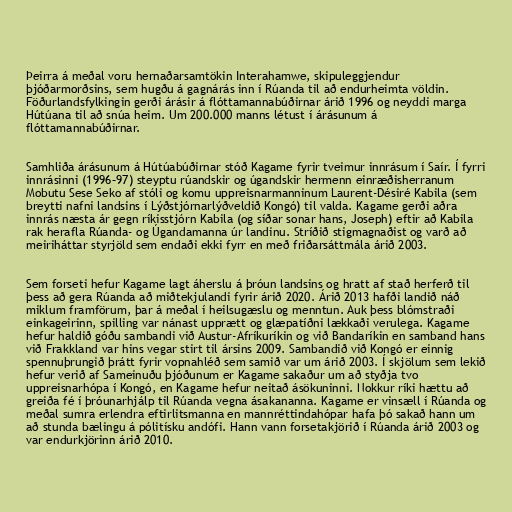
Þeirra á meðal voru hernaðarsamtökin Interahamwe, skipuleggjendur
þjóðarmorðsins, sem hugðu á gagnárás inn í Rúanda til að endurheimta völdin.
Föðurlandsfylkingin gerði árásir á flóttamannabúðirnar árið 1996 og neyddi marga
Hútúana til að snúa heim. Um 200.000 manns létust í árásunum á
flóttamannabúðirnar.

Samhliða árásunum á Hútúabúðirnar stóð Kagame fyrir tveimur innrásum í Saír. Í fyrri
innrásinni (1996–97) steyptu rúandskir og úgandskir hermenn einræðisherranum
Mobutu Sese Seko af stóli og komu uppreisnarmanninum Laurent-Désiré Kabila (sem
breytti nafni landsins í Lýðstjórnarlýðveldið Kongó) til valda. Kagame gerði aðra
innrás næsta ár gegn ríkisstjórn Kabila (og síðar sonar hans, Joseph) eftir að Kabila
rak herafla Rúanda- og Úgandamanna úr landinu. Stríðið stigmagnaðist og varð að
meiriháttar styrjöld sem endaði ekki fyrr en með friðarsáttmála árið 2003.

Sem forseti hefur Kagame lagt áherslu á þróun landsins og hratt af stað herferð til
þess að gera Rúanda að miðtekjulandi fyrir árið 2020. Árið 2013 hafði landið náð
miklum framförum, þar á meðal í heilsugæslu og menntun. Auk þess blómstraði
einkageirinn, spilling var nánast upprætt og glæpatíðni lækkaði verulega. Kagame
hefur haldið góðu sambandi við Austur-Afríkuríkin og við Bandaríkin en samband hans
við Frakkland var hins vegar stirt til ársins 2009. Sambandið við Kongó er einnig
spennuþrungið þrátt fyrir vopnahléð sem samið var um árið 2003. Í skjölum sem lekið
hefur verið af Sameinuðu þjóðunum er Kagame sakaður um að styðja tvo
uppreisnarhópa í Kongó, en Kagame hefur neitað ásökuninni. Nokkur ríki hættu að
greiða fé í þróunarhjálp til Rúanda vegna ásakananna. Kagame er vinsæll í Rúanda og
meðal sumra erlendra eftirlitsmanna en mannréttindahópar hafa þó sakað hann um
að stunda bælingu á pólitísku andófi. Hann vann forsetakjörið í Rúanda árið 2003 og
var endurkjörinn árið 2010.